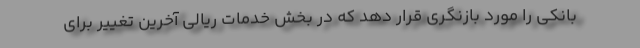
بانکی را مورد بازنگری قرار دهد که در بخش خدمات ریالی آخرین تغییر برای